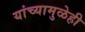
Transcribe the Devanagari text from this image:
यांच्यामुळेही